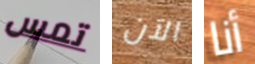
تمس الآن أنا